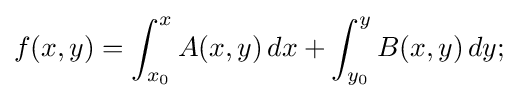
f(x,y)=\int _{x_{0}}^{x}A(x,y)\,dx+\int _{y_{0}}^{y}B(x,y)\,dy;